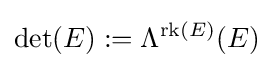
\det(E):=\Lambda ^{\operatorname {rk} (E)}(E)